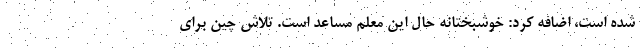
شده است، اضافه کرد: خوشبختانه حال این معلم مساعد است. تلاش چین برای